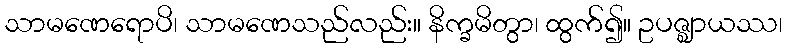
သာမဏေရောပိ၊ သာမဏေသည်လည်း။ နိက္ခမိတွာ၊ ထွက်၍။ ဥပဇ္ဈာယဿ၊